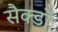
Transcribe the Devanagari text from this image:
सैक्डों